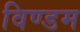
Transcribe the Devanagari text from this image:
विण्डम